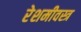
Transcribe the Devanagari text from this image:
रेशमीवस्त्र